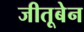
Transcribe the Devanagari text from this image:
जीतूबेन